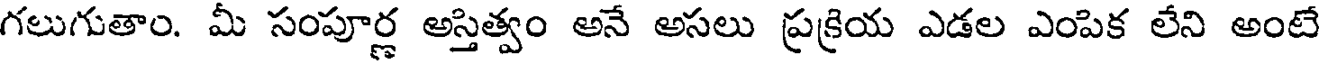
గలుగుతాం. మీ సంపూర్ణ అస్తిత్వం అనే అసలు ప్రక్రియ ఎడల ఎంపిక లేని అంటే